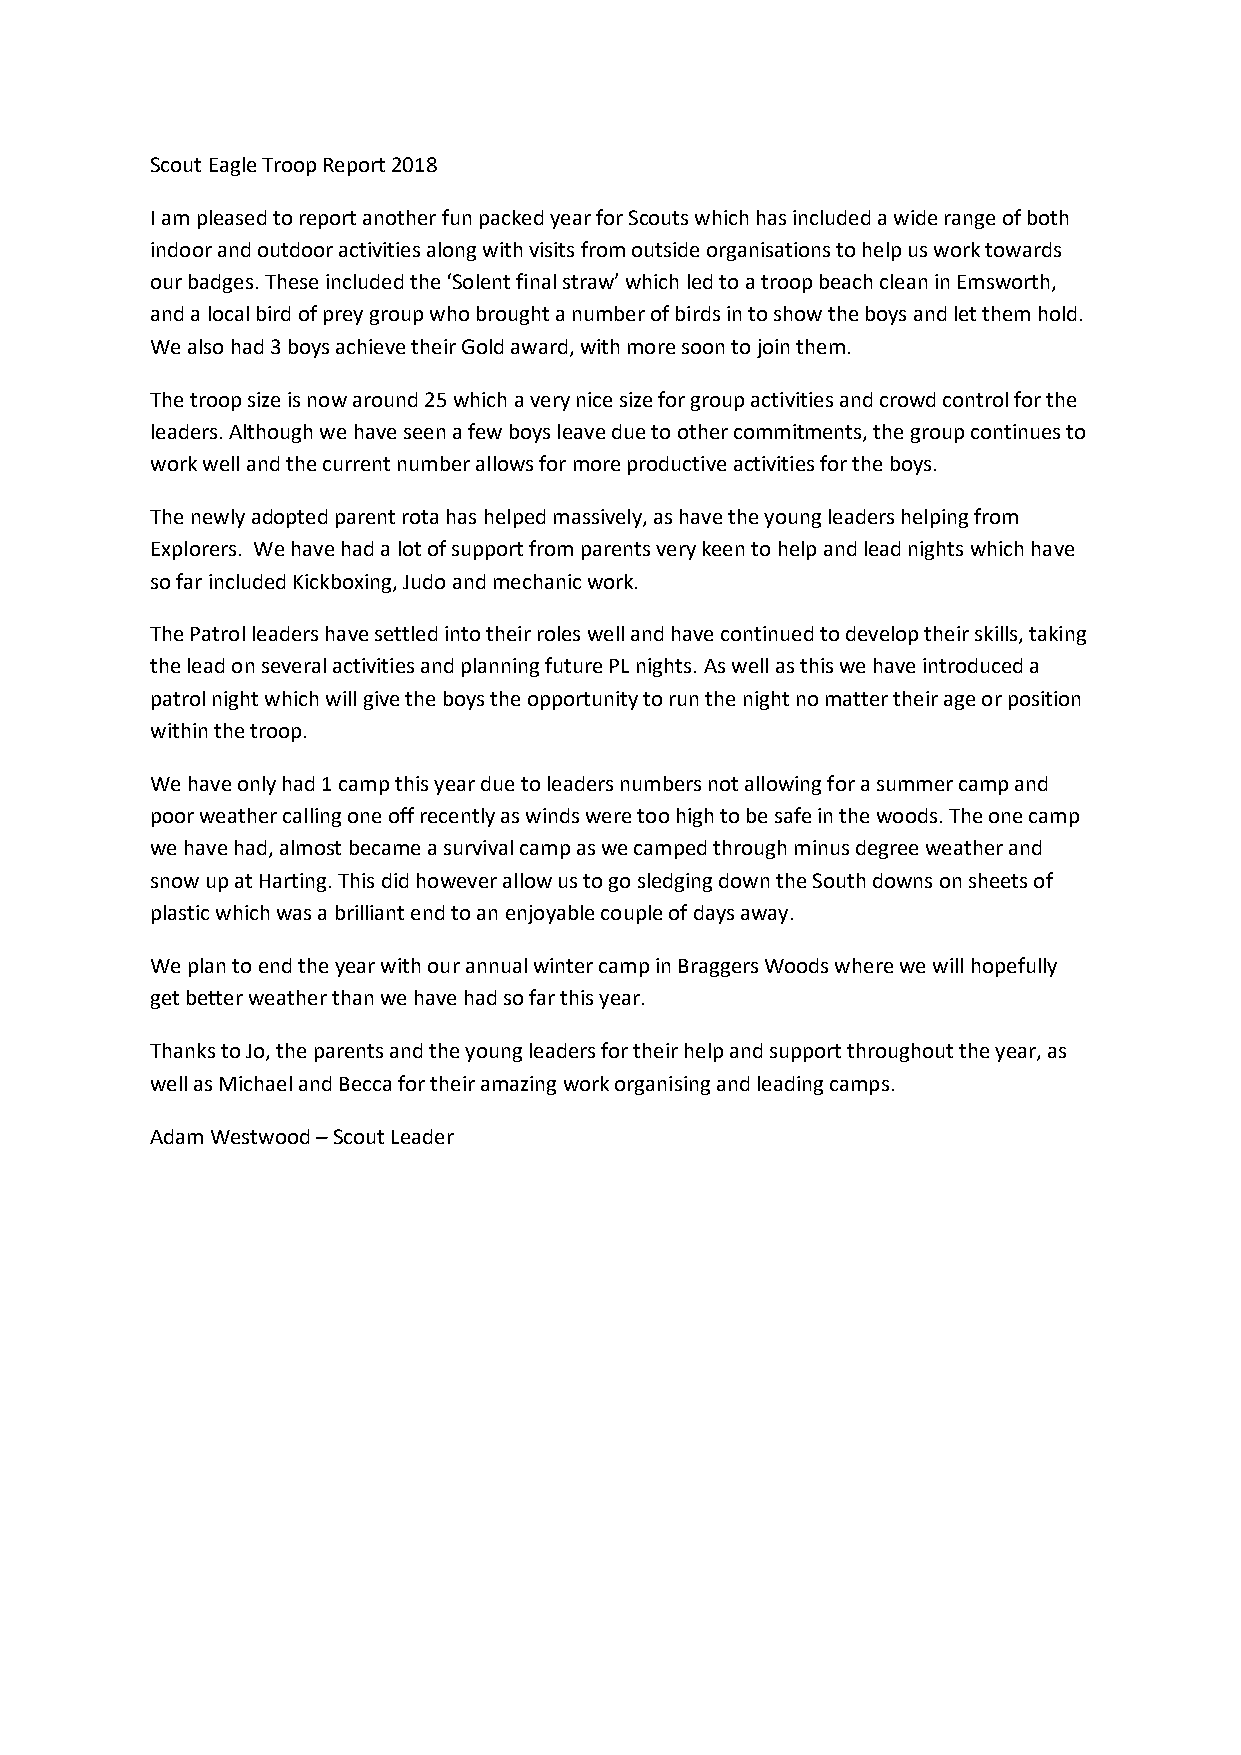
Scout Eagle Troop Report 2018
 I am pleased to report another fun packed year for Scouts which has included a wide range of both
 indoor and outdoor activities along with visits from outside organisations to help us work towards
 our badges. These included the ‘Solent final straw’ which led to a troop beach clean in Emsworth,
 and a local bird of prey group who brought a number of birds in to show the boys and let them hold.
 We also had 3 boys achieve their Gold award, with more soon to join them.
 The troop size is now around 25 which a very nice size for group activities and crowd control for the
 leaders. Although we have seen a few boys leave due to other commitments, the group continues to
 work well and the current number allows for more productive activities for the boys.
 The newly adopted parent rota has helped massively, as have the young leaders helping from
 Explorers. We have had a lot of support from parents very keen to help and lead nights which have
 so far included Kickboxing, Judo and mechanic work.
 The Patrol leaders have settled into their roles well and have continued to develop their skills, taking
 the lead on several activities and planning future PL nights. As well as this we have introduced a
 patrol night which will give the boys the opportunity to run the night no matter their age or position
 within the troop.
 We have only had 1 camp this year due to leaders numbers not allowing for a summer camp and
 poor weather calling one off recently as winds were too high to be safe in the woods. The one camp
 we have had, almost became a survival camp as we camped through minus degree weather and
 snow up at Harting. This did however allow us to go sledging down the South downs on sheets of
 plastic which was a brilliant end to an enjoyable couple of days away.
 We plan to end the year with our annual winter camp in Braggers Woods where we will hopefully
 get better weather than we have had so far this year.
 Thanks to Jo, the parents and the young leaders for their help and support throughout the year, as
 well as Michael and Becca for their amazing work organising and leading camps.
 Adam Westwood – Scout Leader